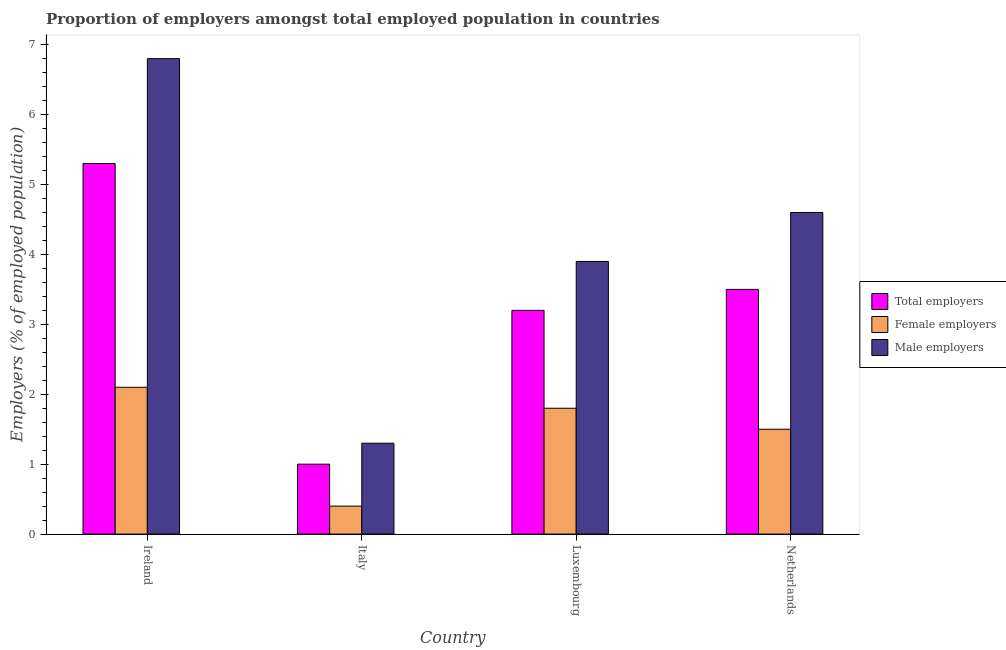
| Country | Total employers | Female employers | Male employers |
 | --- | --- | --- | --- |
 | Ireland | 5.3 | 2.1 | 6.8 |
 | Italy | 1 | 0.4 | 1.3 |
 | Luxembourg | 3.2 | 1.8 | 3.9 |
 | Netherlands | 3.5 | 1.5 | 4.6 |